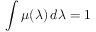
\int \mu ( \lambda ) \, d \lambda = 1